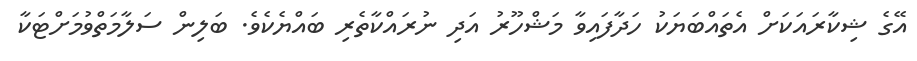
އޭގެ ޝިކާރައަކަށް އެތައްބަޔަކު ހަދާފައިވާ މަޝްހޫރު އަދި ނުރައްކާތެރި ބައްޔެކެވެ. ބަލިން ސަލާމަތްވުމަށްޓަކާ